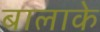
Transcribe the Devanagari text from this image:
बालाके